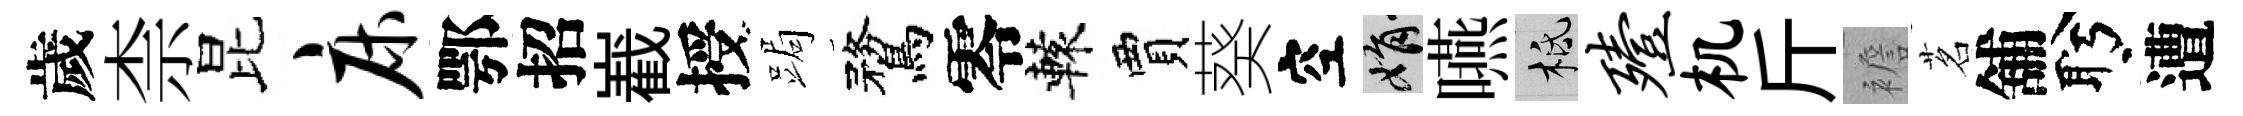
歲柰昆床鄂招嶻授跼鶩零轅賈葵空娟嚥柢殪机斤襜茗舖盻遭